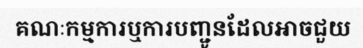
គណៈកម្មការឬការបញ្ជូនដែលអាចជួយ